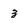
Character: 3